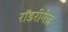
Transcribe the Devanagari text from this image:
रॉडरीगेज़